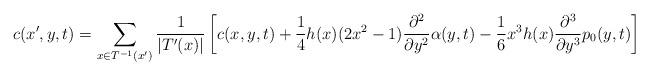
LaTeX: \begin{align*} c(x',y,t) = \sum_{x\in T^{-1}(x')} \frac{1}{\vert T'(x) \vert}\left[c(x,y,t)+\frac{1}{4}h(x)(2x^{2}-1)\frac{\partial^{2}}{\partial y^{2}}\alpha(y,t)-\frac{1}{6}x^{3}h(x)\frac{\partial^{3}}{\partial y^{3}}p_{0}(y,t)\right]\end{align*}